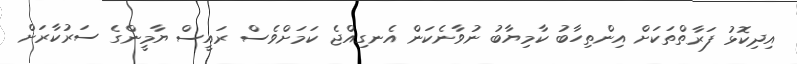
އިދިކޮޅު ފަރާތްތަކަށް އިންތިހާބު ކާމިޔާބު ނުވާނެކަން އެނގިއްޖެ ކަމަށްވެސް ރައީސް ޔާމީންގެ ސަރުކާރަށް